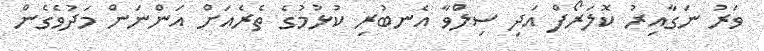
ވަރު ނަގާއިރު ކޮލަރޯފް އަދި ސިލްވާ އެނބުރި ކުޅުމުގެ ތެރެއަށް އަންނަން މަދުވެގެން